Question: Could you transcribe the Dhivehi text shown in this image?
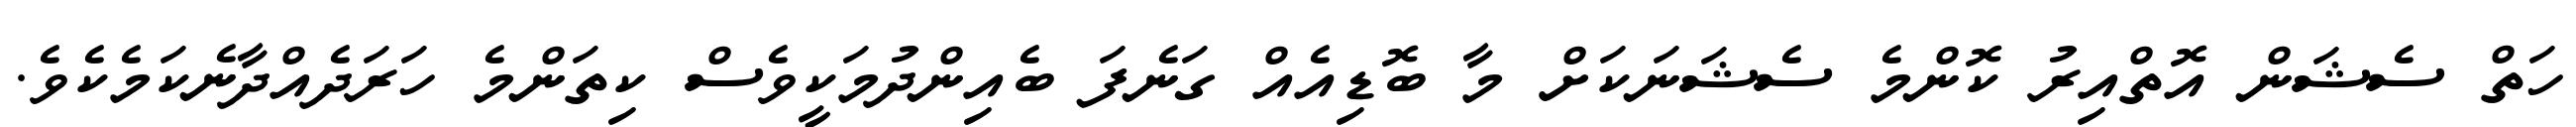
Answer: ހަތް ސެޝަން އޮތްއިރު ކޮންމެ ސެޝަނަކަށް މާ ބޮޑިއެއް ގަނެފަ ބެއިންދުމަކީވެސް ކިތަންމެ ހަރަދެއްދާނެކަމެކެވެ.